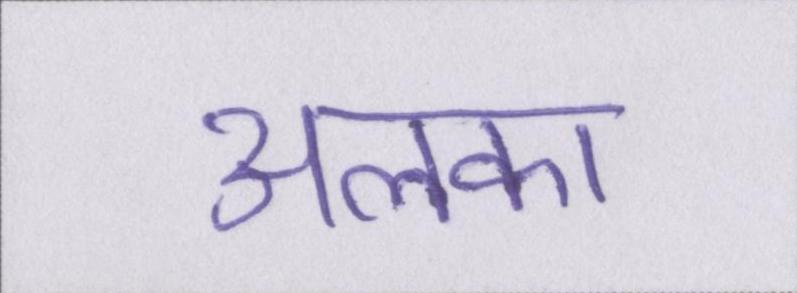
अलका